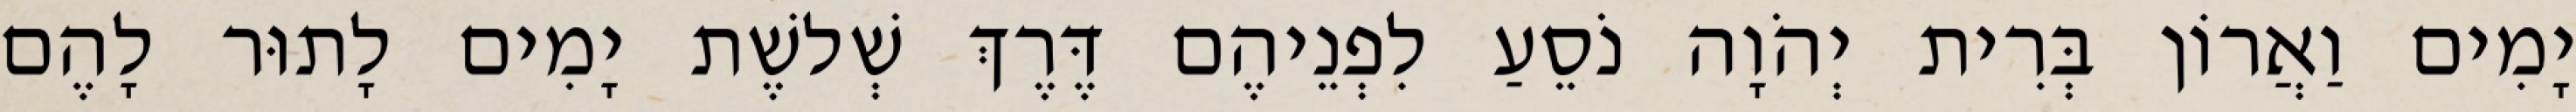
יָמִים וַאֲרוֹן בְּרִית יְהֹוָה נֹסֵעַ לִפְנֵיהֶם דֶּרֶךְ שְׁלשֶׁת יָמִים לָתוּר לָהֶם